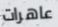
عاهرات